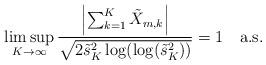
LaTeX: \begin{align*} \limsup_{K\to\infty}\frac{\left|\sum_{k=1}^K\tilde{X}_{m,k}\right|}{\sqrt{2\tilde{s}_K^2\log(\log(\tilde{s}_K^2))}}=1 \quad\textnormal{a.s.}\end{align*}